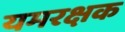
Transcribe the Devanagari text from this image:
यमरक्षक